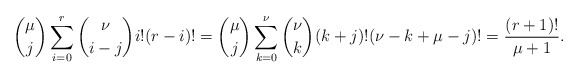
\begin{align*}{\mu\choose j}\sum^r_{i=0}{\nu\choose i-j}i!(r-i)!={\mu\choose j}\sum^\nu_{k=0}{\nu\choose k}(k+j)!(\nu-k+\mu-j)!=\frac{(r+1)!}{\mu+1}.\end{align*}